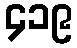
၄၁၉